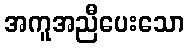
အကူအညီပေးသော